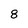
Character: 8